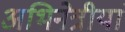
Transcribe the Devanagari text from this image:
अभिनेत्रीयां